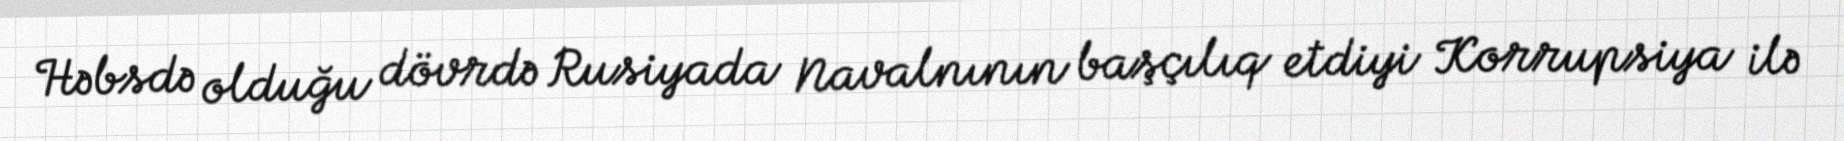
Həbsdə olduğu dövrdə Rusiyada Navalnının başçılıq etdiyi Korrupsiya ilə